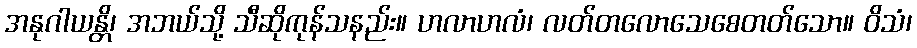
အနုဂါယန္တိ၊ အဘယ်သို့ သီဆိုကုန်သနည်း။ ဟလာဟလံ၊ လတ်တလောသေစေတတ်သော။ ဝိသံ၊